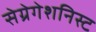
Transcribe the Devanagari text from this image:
सेग्रेगेशनिस्ट